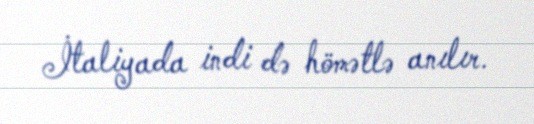
İtaliyada indi də hömətlə anılır.